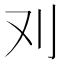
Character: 𠚫